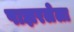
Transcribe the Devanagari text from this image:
पाझरलेला